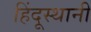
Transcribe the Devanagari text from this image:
हिंदूस्थानी